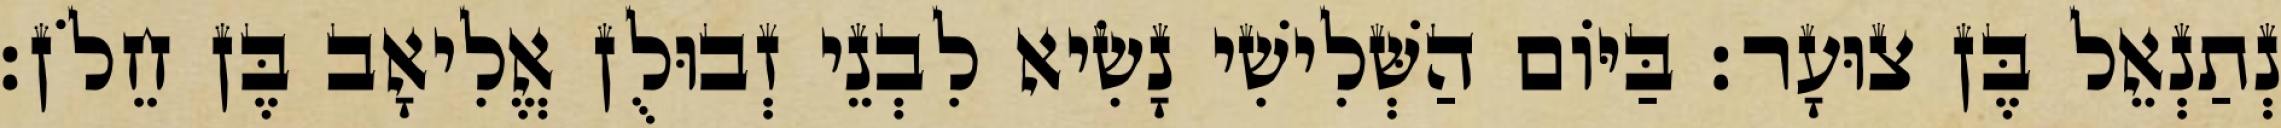
נְתַנְאֵל בֶּן צוּעָר׃ בַּיּוֹם הַשְּׁלִישִׁי נָשִׂיא לִבְנֵי זְבוּלֻן אֱלִיאָב בֶּן חֵלֹן׃